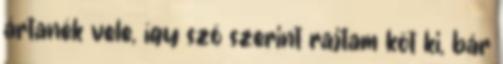
ártanék vele, így szó szerint rajtam köt ki, bár